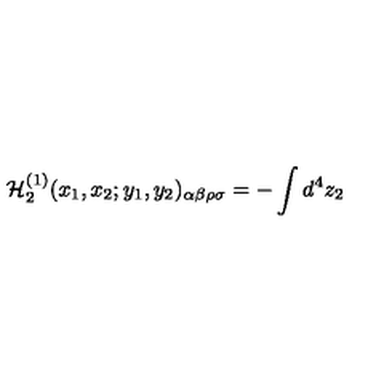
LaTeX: { \cal H } _ { 2 } ^ { ( 1 ) } ( x _ { 1 } , x _ { 2 } ; y _ { 1 } , y _ { 2 } ) _ { \alpha \beta \rho \sigma } = - \int d ^ { 4 } z _ { 2 }